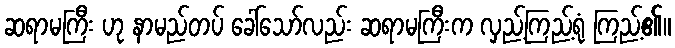
ဆရာမကြီး ဟု နာမည်တပ် ခေါ်သော်လည်း ဆရာမကြီးက လှည့်ကြည့်ရုံ ကြည့်၏။